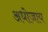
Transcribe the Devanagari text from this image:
अधोजाय